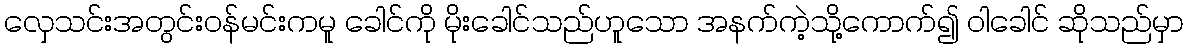
လှေသင်းအတွင်းဝန်မင်းကမူ ခေါင်ကို မိုးခေါင်သည်ဟူသော အနက်ကဲ့သို့ကောက်၍ ဝါခေါင် ဆိုသည်မှာ